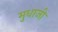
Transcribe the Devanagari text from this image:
मुधाजी